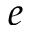
e